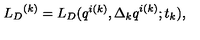
{ { L } _ { D } } ^ { ( k ) } = { L } _ { D } ( q ^ { i ( k ) } , { \Delta _ { k } q } ^ { i ( k ) } ; t _ { k } ) ,